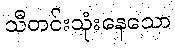
သီတင်းသုံးနေသော